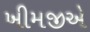
ખીમજીએ